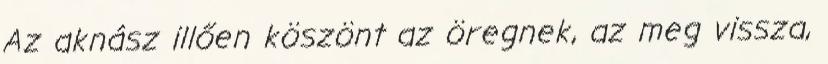
Az aknász illően köszönt az öregnek, az meg vissza,